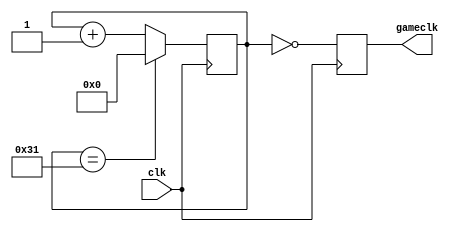
`timescale 1ns / 1ps
//////////////////////////////////////////////////////////////////////////////////
// Company: 
// Engineer: 
// 
// Design Name: 
// Module Name: game_clock
// Project Name: 
// Target Devices: 
// Tool Versions: 
// Description: 
// 
// Dependencies: 
// 
// Revision:
// Revision 0.01 - File Created
// Additional Comments:
// 
//////////////////////////////////////////////////////////////////////////////////

// Modified clock divider where only a single pulse at every gameclk
//1Hz

module game_clock(
    input clk,
    output reg gameclk = 0
    );
    reg [5:0] count = 0;
    
    always @ (posedge clk) begin
        count <= (count == 49) ? 0 : count + 1;
        gameclk <= (count == 0);
    end
    
endmodule